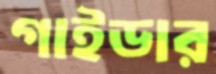
গাইডার